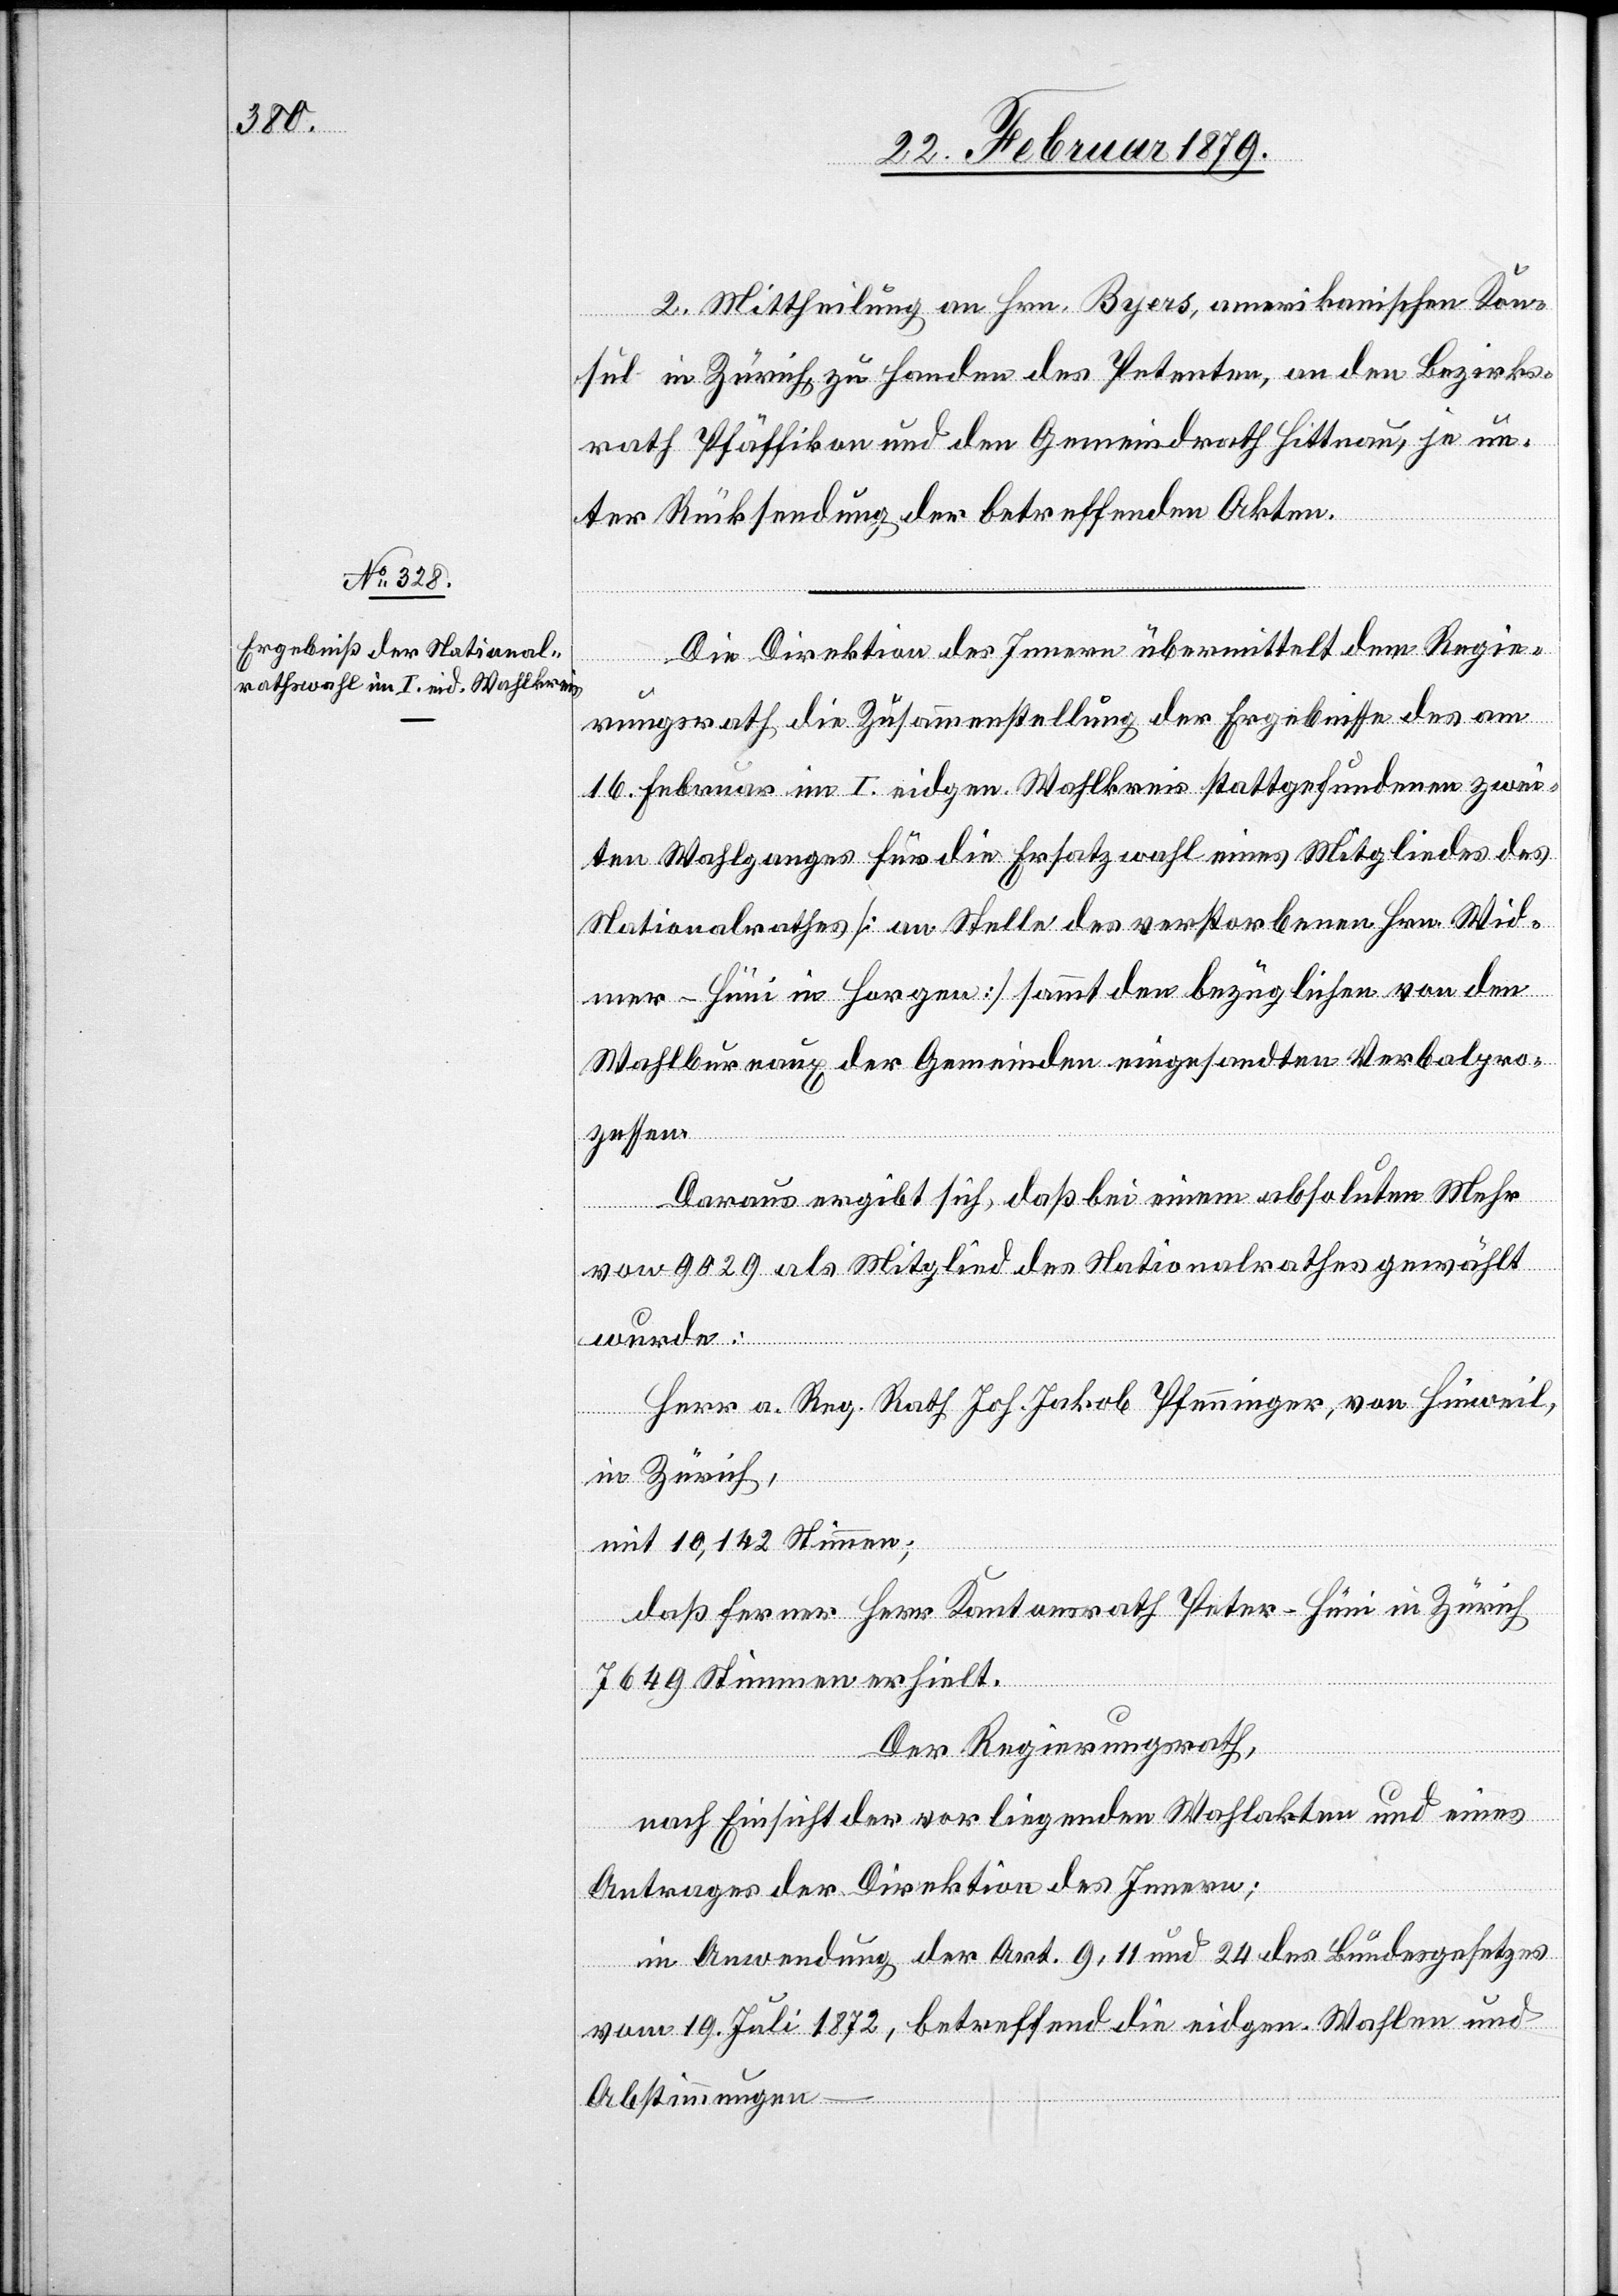
2. Mittheilung an Hrn. Byers, amerikanischen Kon¬
sul in Zürich, zu Handen des Petenten, an den Bezirks¬
rath Pfäffikon und den Gemeindrath Hittnau, je un¬
ter Rücksendung der betreffenden Akten.
Die Direktion des Innern übermittelt dem Regie¬
rungsrath die Zusammenstellung der Ergebnisse des am
16. Februar im I. eidgen. Wahlkreis stattgefundenen zwei¬
ten Wahlganges für die Ersatzwahl eines Mitgliedes des
Nationalrathes [an Stelle des verstorbenen Hrn. Wid¬
mer-Hüni in Horgen] sammt den bezüglichen von den
Wahlbureaux der Gemeinden eingesandten Verbalpro¬
zessen.
Daraus ergibt sich, daß bei einem absoluten Mehr
von 9029 als Mitglied des Nationalrathes gewählt
wurde:
Herr a. Reg. Rath Joh. Jakob Pfenninger, von Hinweil,
in Zürich,
mit 10,142 Stimmen;
daß ferner Herr Kantonsrath Peter-Hüni in Zürich
7649 Stimmen erhielt.
Der Regierungsrath,
nach Einsicht der vorliegenden Wahlakten und eines
Antrages der Direktion des Innern;
in Anwendung der Art. 9, 11 und 24 des Bundesgesetzes
vom 19. Juli 1872, betreffend die eidgen. Wahlen und
Abstimmungen